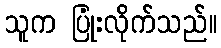
သူက ပြုံးလိုက်သည်။